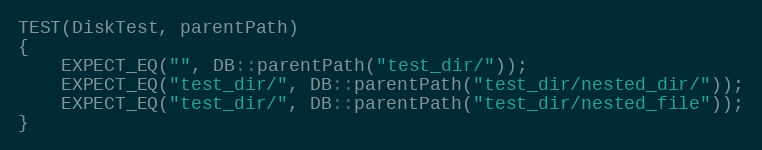
Language: C++
TEST(DiskTest, parentPath)
{
    EXPECT_EQ("", DB::parentPath("test_dir/"));
    EXPECT_EQ("test_dir/", DB::parentPath("test_dir/nested_dir/"));
    EXPECT_EQ("test_dir/", DB::parentPath("test_dir/nested_file"));
}